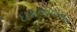
ઇકબાલગઢ